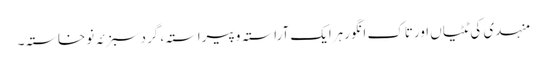
منہدی کی ٹٹیاں اورتاکِ انگورہرایک آراستہ وپیراستہ، گردسبزئہ نوخاستہ۔